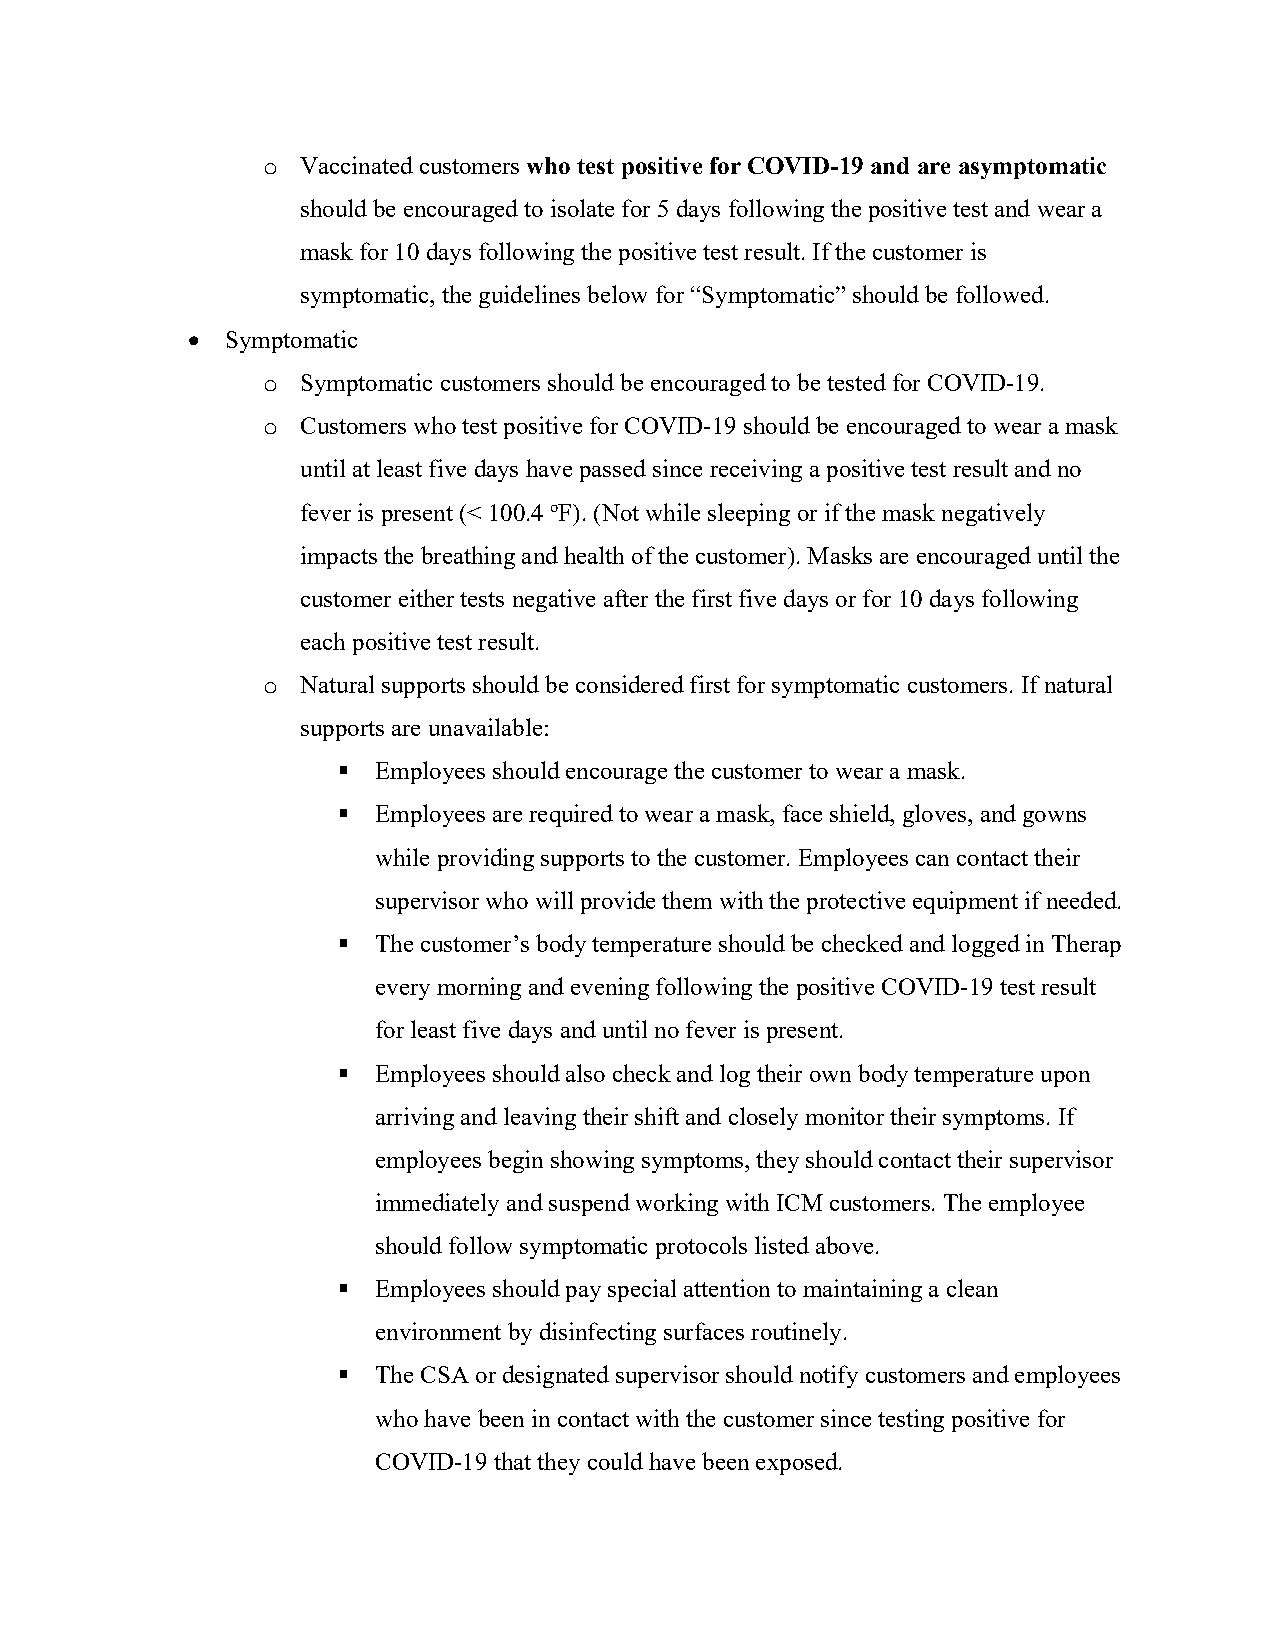
o  Vaccinated customers who test positive for COVID-19 and are asymptomatic
 should be encouraged to isolate for 5 days following the positive test and wear a
 mask for 10 days following the positive test result. If the customer is
 symptomatic, the guidelines below for “Symptomatic” should be followed.
 •  Symptomatic
 o  Symptomatic customers should be encouraged to be tested for COVID-19.
 o  Customers who test positive for COVID-19 should be encouraged to wear a mask
 until at least five days have passed since receiving a positive test result and no
 fever is present (< 100.4 oF). (Not while sleeping or if the mask negatively
 impacts the breathing and health of the customer). Masks are encouraged until the
 customer either tests negative after the first five days or for 10 days following
 each positive test result.
 o  Natural supports should be considered first for symptomatic customers. If natural
 supports are unavailable:
 §  Employees should encourage the customer to wear a mask.
 §  Employees are required to wear a mask, face shield, gloves, and gowns
 while providing supports to the customer. Employees can contact their
 supervisor who will provide them with the protective equipment if needed.
 §  The customer’s body temperature should be checked and logged in Therap
 every morning and evening following the positive COVID-19 test result
 for least five days and until no fever is present.
 §  Employees should also check and log their own body temperature upon
 arriving and leaving their shift and closely monitor their symptoms. If
 employees begin showing symptoms, they should contact their supervisor
 immediately and suspend working with ICM customers. The employee
 should follow symptomatic protocols listed above.
 §  Employees should pay special attention to maintaining a clean
 environment by disinfecting surfaces routinely.
 §  The CSA or designated supervisor should notify customers and employees
 who have been in contact with the customer since testing positive for
 COVID-19 that they could have been exposed.